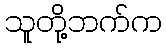
သူတို့ဘက်က